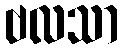
ဗလသာ